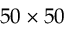
5 0 \times 5 0